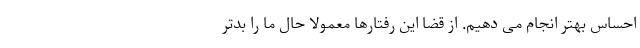
احساس بهتر انجام می دهیم. از قضا این رفتارها معمولاً حال ما را بدتر